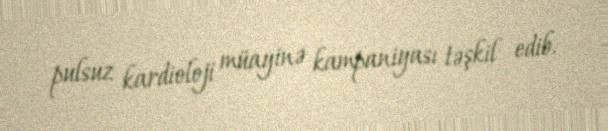
pulsuz kardioloji müayinə kampaniyası təşkil edib.